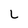
Character: L